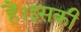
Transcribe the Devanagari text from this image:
हैं।इसकी